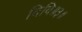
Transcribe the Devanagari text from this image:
दिवि॥३॥